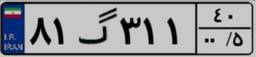
۰۲گ۶۳۸۶۸